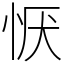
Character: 恹